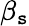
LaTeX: \beta_{\mathtt{s}}